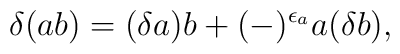
\delta (ab)= (\delta a) b + (-)^{\epsilon_a} a (\delta b),